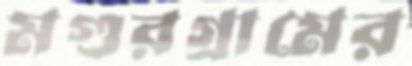
মগুরগ্রামের